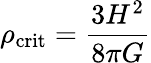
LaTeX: \rho_{\mathrm{crit}}={\frac{3H^{2}}{8\pi G}}